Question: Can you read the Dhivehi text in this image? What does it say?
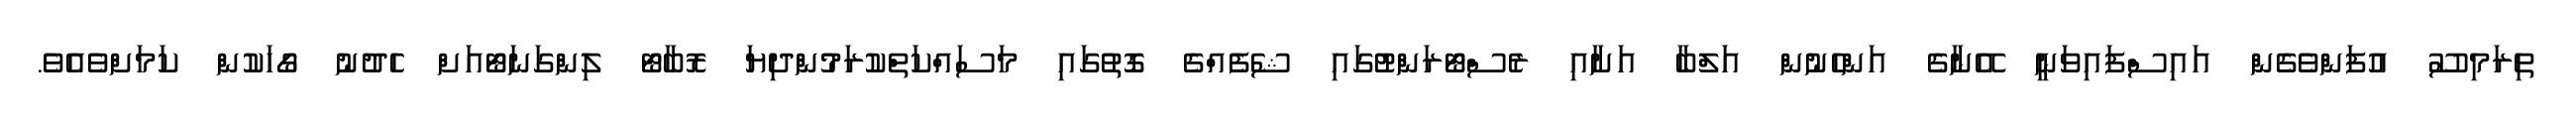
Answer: ތިރަމިސޫ އުފަންވެގެން އައިސްފައިވަނީ އޭނާގެ އަންހެނުން އަލްބާ އަށާއި ރެސްޓޯރަންޓުގައި ޝެފެއްގެ ގޮތުގައި މަސައްކަތްކުރަމުންދިޔަ ރޮބާޓޯ ލިންގަނަޓޯއަށް ހެދުނު ގޯހަކުން ކަމަށްވެއެވެ.